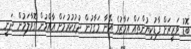
ބޮޑު ވަޒީރަށް ފާޑުކިޔުންތައް އަމާޒުވެ އޭނާ މަގާމުން ދުރުކުރުމަށް އާއްމުން ގޮވާލަމުން ދަނީ